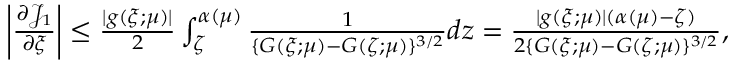
\begin{array} { r } { \left| \frac { \partial { \mathcal J } _ { 1 } } { \partial \xi } \right| \leq \frac { | g ( \xi ; \mu ) | } { 2 } \int _ { \zeta } ^ { \alpha ( \mu ) } \frac { 1 } { \{ G ( \xi ; \mu ) - G ( \zeta ; \mu ) \} ^ { 3 / 2 } } d z = \frac { | g ( \xi ; \mu ) | ( \alpha ( \mu ) - \zeta ) } { 2 \{ G ( \xi ; \mu ) - G ( \zeta ; \mu ) \} ^ { 3 / 2 } } , } \end{array}